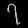
Digit: ၇